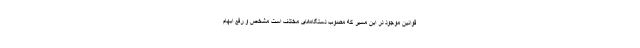
قوانین موجود در این مسیر که مصوب دستگاه‌های مختلف است مشخص و رفع ابهام